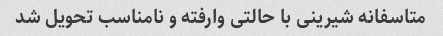
متاسفانه شیرینی با حالتی وارفته و نامناسب تحویل شد